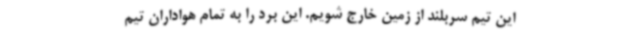
این تیم سربلند از زمین خارج شویم. این برد را به تمام هواداران تیم